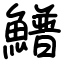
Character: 䲕